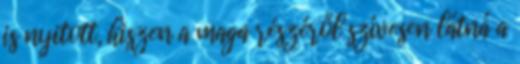
is nyitott, hiszen a maga részéről szívesen látná a